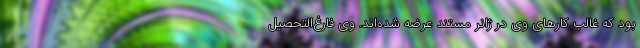
بود که غالب کارهای وی در ژانر مستند عرضه شده‌اند. وی فارغ‌التحصیل